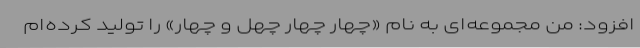
افزود: من مجموعه‌ای به نام «چهار چهار چهل و چهار» را تولید کرده‌ام